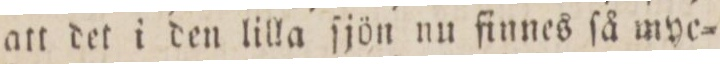
att det i den lilla ſjön nu finnes ſå myc=